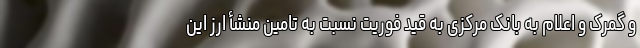
و گمرک و اعلام به بانک مرکزی به قید فوریت نسبت به تامین منشأ ارز این